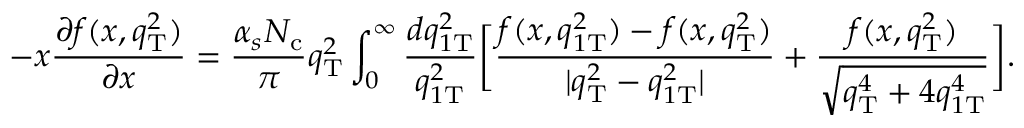
- x \frac { \partial f ( x , q _ { \mathrm { T } } ^ { 2 } ) } { \partial x } = \frac { \alpha _ { s } N _ { \mathrm { c } } } { \pi } q _ { \mathrm { T } } ^ { 2 } \int _ { 0 } ^ { \infty } \frac { d q _ { 1 \mathrm { T } } ^ { 2 } } { q _ { 1 \mathrm { T } } ^ { 2 } } \bigg [ \frac { f ( x , q _ { 1 \mathrm { T } } ^ { 2 } ) - f ( x , q _ { \mathrm { T } } ^ { 2 } ) } { | q _ { \mathrm { T } } ^ { 2 } - q _ { 1 \mathrm { T } } ^ { 2 } | } + \frac { f ( x , q _ { \mathrm { T } } ^ { 2 } ) } { \sqrt { q _ { \mathrm { T } } ^ { 4 } + 4 q _ { 1 \mathrm { T } } ^ { 4 } } } \bigg ] .